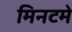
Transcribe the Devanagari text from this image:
मिनटमे